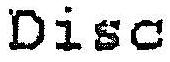
DISC